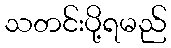
သတင်းပို့ရမည်